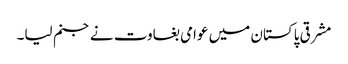
مشرقی پاکستان میں عوامی بغاوت نے جنم لیا۔